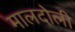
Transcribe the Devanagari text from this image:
मालदोली